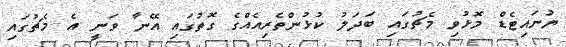
ޔުނައިޓެޑް މޮޅުވި މެޗުގައި ބަދަލު ކުޅުންތެރިއެއްގެ ގޮތުގައި އޭނާ ވަނީ އެ މެޗުގައި